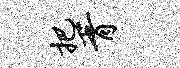
把胥